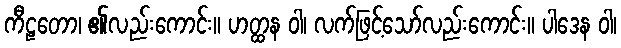
ကီဠတော၊ ၏လည်းကောင်း။ ဟတ္ထန ဝါ၊ လက်ဖြင့်သော်လည်းကောင်း။ ပါဒေန ဝါ၊